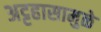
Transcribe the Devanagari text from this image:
अट्टहासामुळे